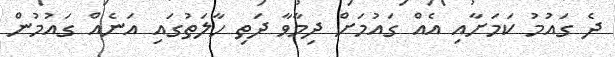
ދެ ގައުމު ކަމަށާއި އެއް ގައުމަށް ދިމާވާ ދަތި ހާލަތުގައި އަނެއް ގައުމުން